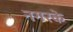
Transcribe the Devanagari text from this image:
नगरके